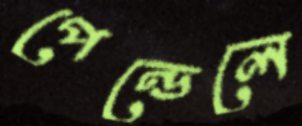
পেন্ডেলে